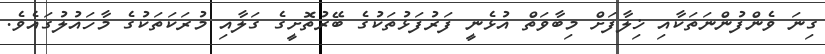
ގިނަ ވެންފުންނަތަކާއި ޚިލާފަށް މިބާވަތް އުޅެނީ ފަރުފަޅުތަކުގެ ބޭރުތޮށީގެ ގަލާއި މުރަކަތަކުގެ މާހައުލުގައެވެ.